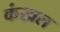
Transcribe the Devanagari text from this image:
कंखल